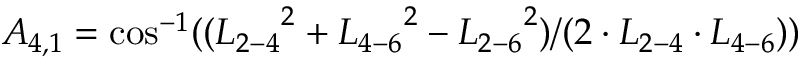
{ A _ { 4 , 1 } } = \cos ^ { - 1 } ( ( { L _ { 2 - 4 } } ^ { 2 } + { L _ { 4 - 6 } } ^ { 2 } - { L _ { 2 - 6 } } ^ { 2 } ) / ( 2 \cdot { L _ { 2 - 4 } } \cdot { L _ { 4 - 6 } } ) )